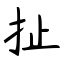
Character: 扯